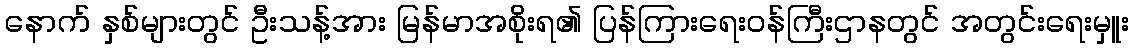
နောက် နှစ်များတွင် ဦးသန့်အား မြန်မာအစိုးရ၏ ပြန်ကြားရေးဝန်ကြီးဌာနတွင် အတွင်းရေးမှူး